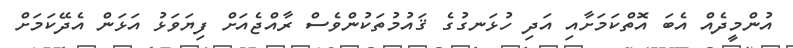
އުންމީދެއް އެބަ އޮތްކަމަށާއި އަދި ހުޅަނގުގެ ޤައުމުތަކުންވެސް ރާއްޖެއަށް ފިޔަވަޅު އަޅަން އެދޭކަމަށް